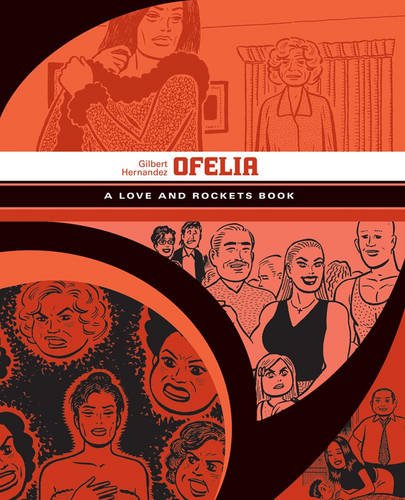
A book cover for Ofelia: A Love and Rockets Book (Love and Rockets); Gilbert Hernandez; Comics & Graphic Novels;